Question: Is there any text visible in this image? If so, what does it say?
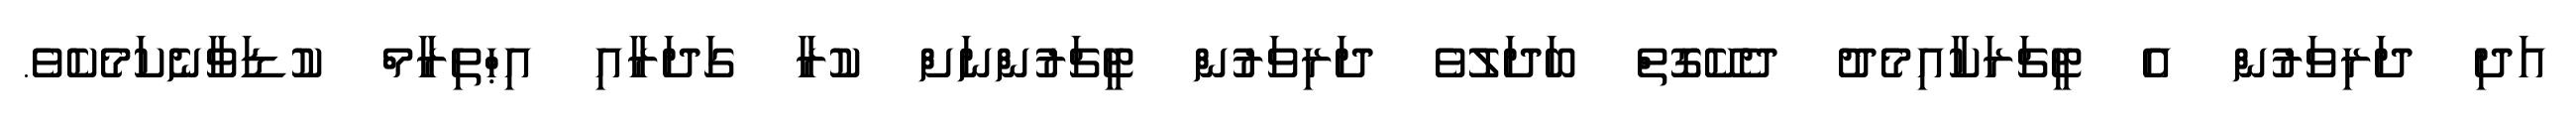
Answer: އަދި ދަރިވަރުން އެ ޓީޗަރަކާއިމެދު ދެކޭގޮތް ބަދަލުވެ ދަރިވަރުން ޓީޗަރުންނަށް ކުރާ ގަދަރާއި އިޙްތިރާމް ކުޑަވާނެކަމެކެވެ.